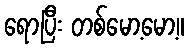
ရောပြီး တစ်မော့မော့။